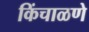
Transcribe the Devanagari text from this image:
किंचाळणे